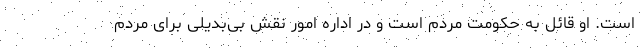
است. او قائل به حکومت مردم است و در اداره امور نقش بی‌بدیلی برای مردم